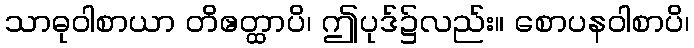
သာဓုဝါစာယာ တိဧတ္ထာပိ၊ ဤပုဒ်၌လည်း။ စောပနဝါစာပိ၊